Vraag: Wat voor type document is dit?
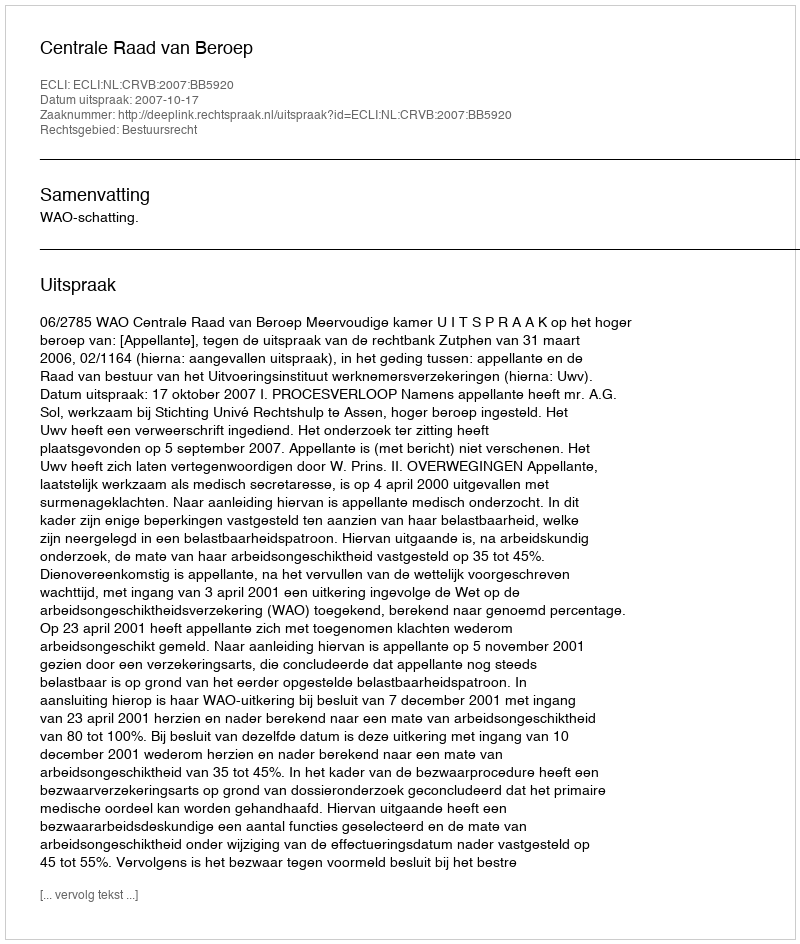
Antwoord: Uitspraak